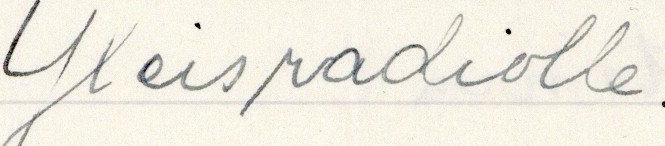
Yleisradiolle